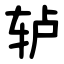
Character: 轳